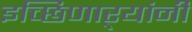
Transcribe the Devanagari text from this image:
इच्छिणाऱ्यांनी